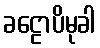
ခဠောပိမုခါ